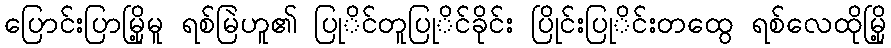
ပြောင်းပြာမြို့မူ ရစ်မြဲဟူ၏ ပြုိင်တူပြုိင်ခိုင်း ပြိုင်းပြုိင်းတထွေ ရစ်လေထိုမြို့